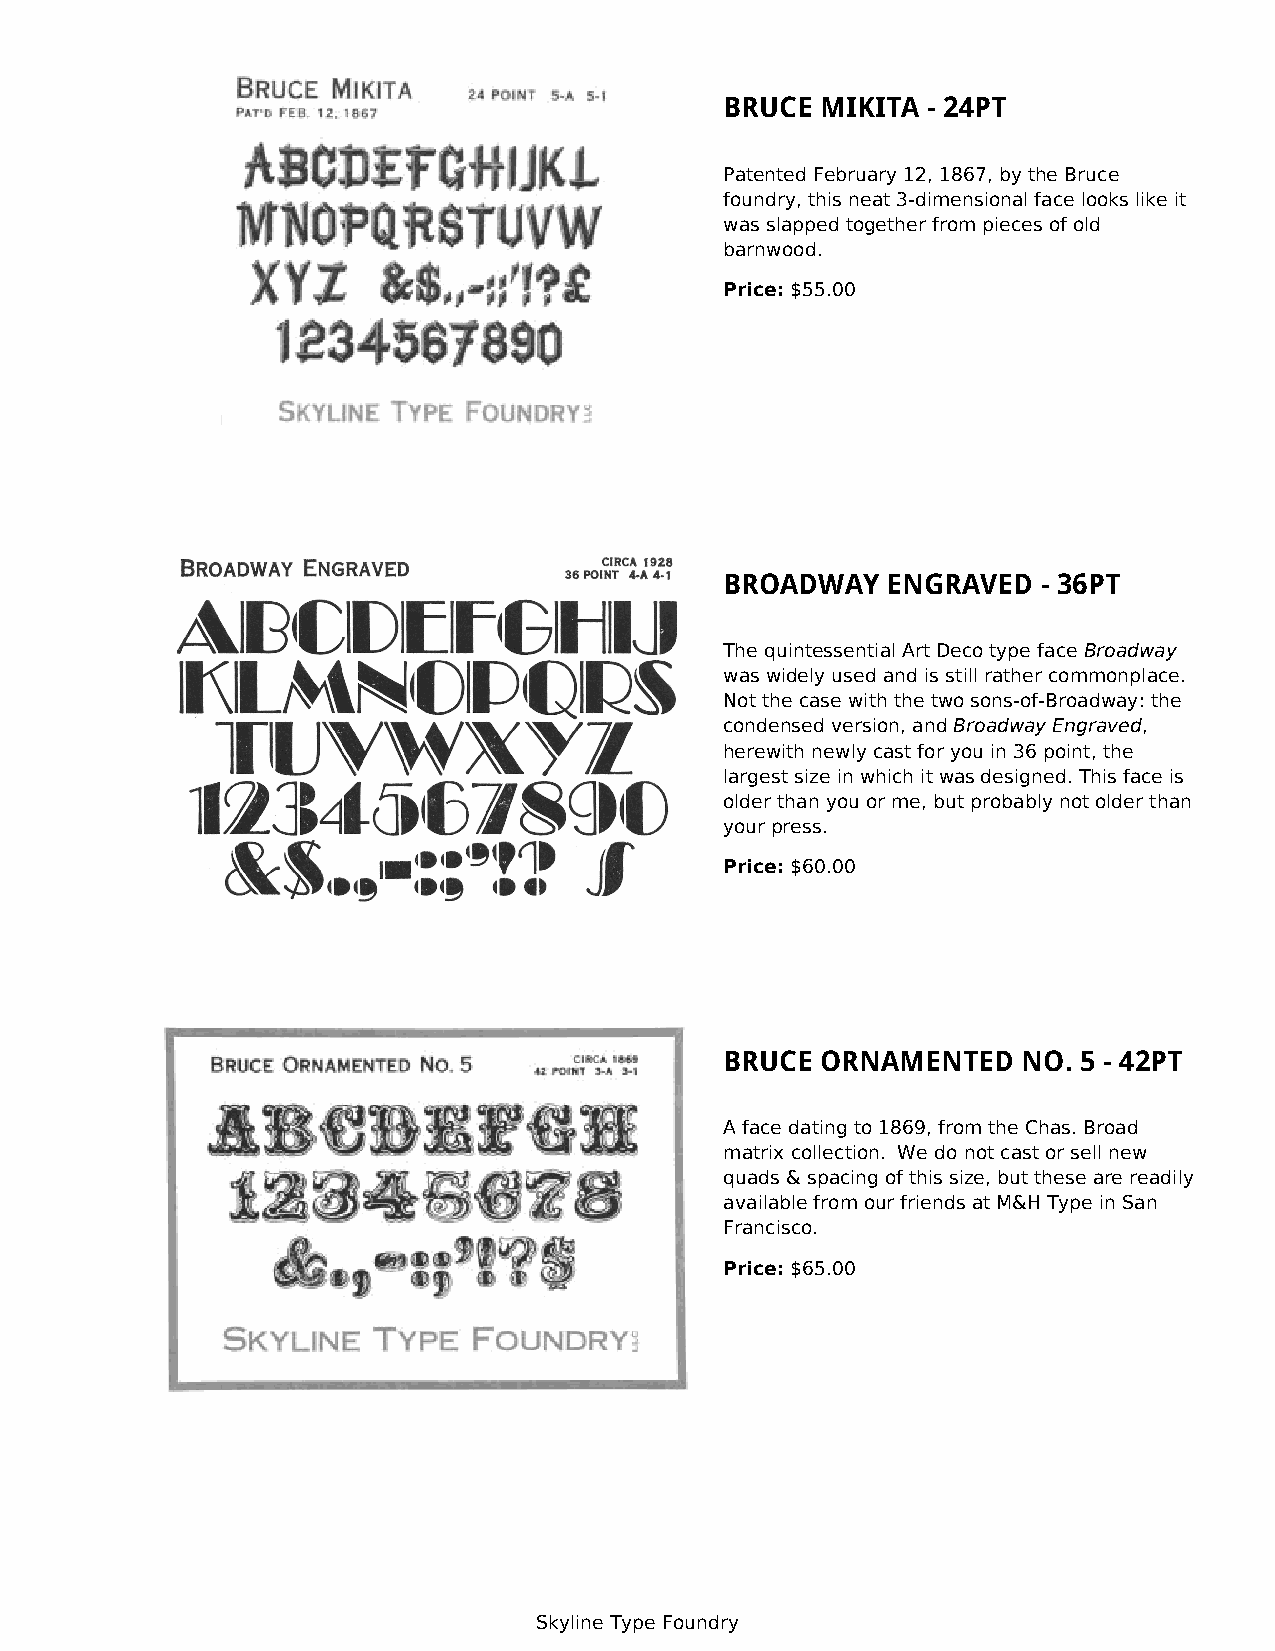
BRUCE MIKITA - 24PT
 Patented February 12, 1867, by the Bruce
 foundry, this neat 3-dimensional face looks like it
 was slapped together from pieces of old
 barnwood.
 Price: $55.00
 BROADWAY   ENGRAVED  - 36PT
 The quintessential Art Deco type face Broadway
 was widely used and is still rather commonplace.
 Not the case with the two sons-of-Broadway: the
 condensed version, and Broadway Engraved,
 herewith newly cast for you in 36 point, the
 largest size in which it was designed. This face is
 older than you or me, but probably not older than
 your press.
 Price: $60.00
 BRUCE ORNAMENTED    NO. 5 - 42PT
 A face dating to 1869, from the Chas. Broad
 matrix collection. We do not cast or sell new
 quads & spacing of this size, but these are readily
 available from our friends at M&H Type in San
 Francisco.
 Price: $65.00
 Skyline Type Foundry